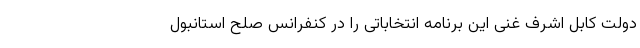
دولت کابل اشرف غنی این برنامه انتخاباتی را در کنفرانس صلح استانبول